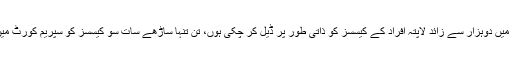
ان دس برسوں میں دوہزار سے زائد لاپتہ افراد کے کیسسز کو ذاتی طور پر ڈیل کر چکی ہوں، تن تنہا ساڑھے سات سو کیسسز کو سپریم کورٹ میں لڑ رہی ہوں۔